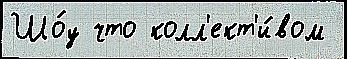
Шо́у что колл'ект'и́вом